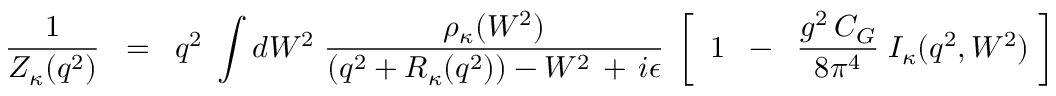
\frac { 1 } { { \cal Z } _ { \kappa } ( q ^ { 2 } ) } \; \; = \; \; q ^ { 2 } \; \int d W ^ { 2 } \; \frac { \rho _ { \kappa } ( W ^ { 2 } ) } { \left( q ^ { 2 } + R _ { \kappa } ( q ^ { 2 } ) \right) - W ^ { 2 } \, + \, i \epsilon } \; \left[ \frac { } { } \; 1 \; \; - \; \; \frac { g ^ { 2 } \, C _ { G } } { 8 \pi ^ { 4 } } \; I _ { \kappa } ( q ^ { 2 } , W ^ { 2 } ) \; \right] \; .